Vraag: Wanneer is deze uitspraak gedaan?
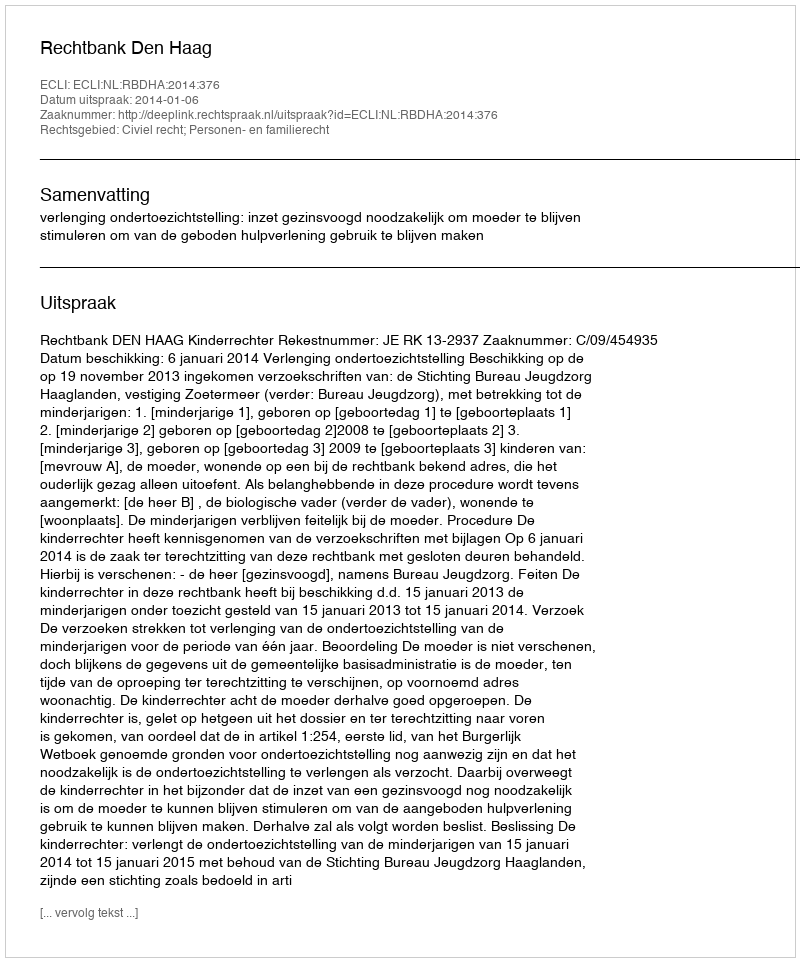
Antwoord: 2014-01-06